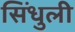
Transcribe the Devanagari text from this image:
सिंधुली